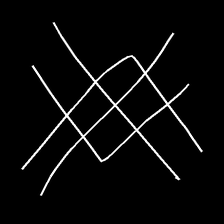
Glyph: crystal